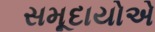
સમૂદાયોએ